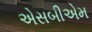
એસબીએમ